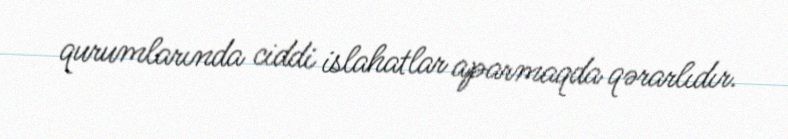
qurumlarında ciddi islahatlar aparmaqda qərarlıdır.